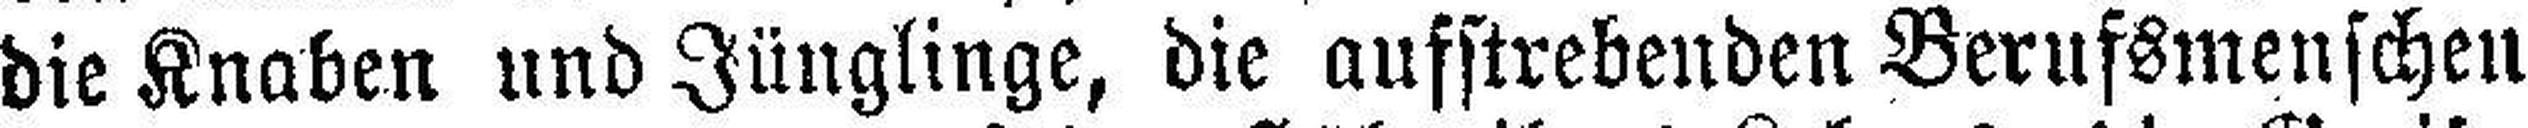
die Knaben und Jünglinge, die aufstrebenden Berussmenschen